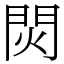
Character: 焛